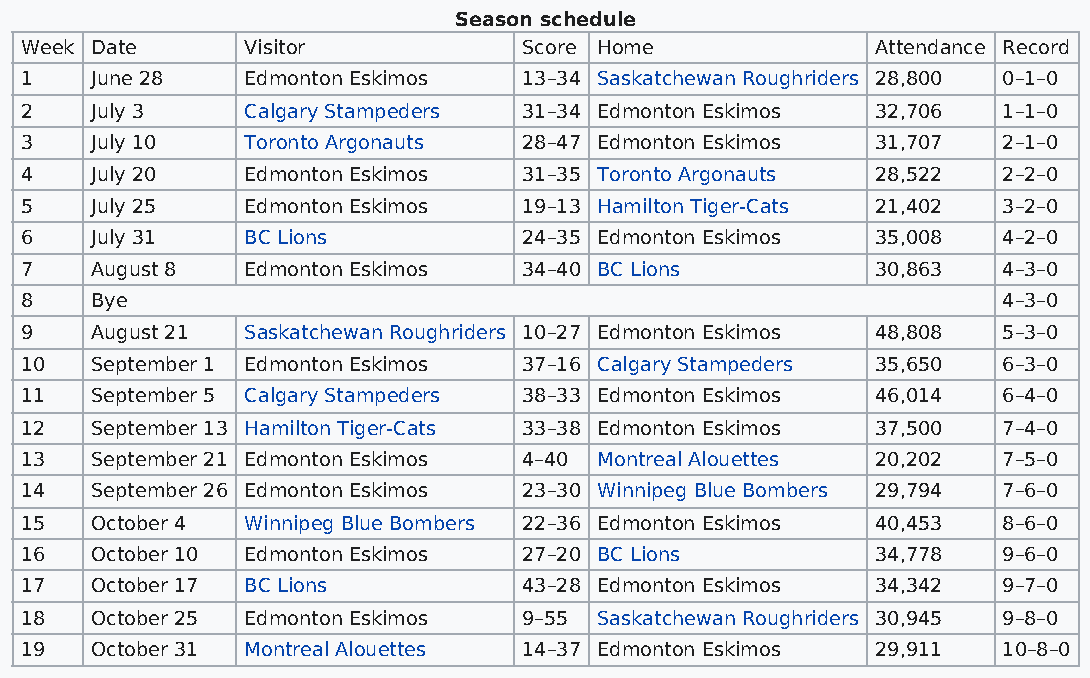
Season schedule
 Week Date      Visitor            Score Home             Attendance Record
 1    June 28   Edmonton Eskimos   13–34 Saskatchewan Roughriders 28,800 0–1–0
 2    July 3    Calgary Stampeders 31–34 Edmonton Eskimos 32,706  1–1–0
 3    July 10   Toronto Argonauts  28–47 Edmonton Eskimos 31,707  2–1–0
 4    July 20   Edmonton Eskimos   31–35 Toronto Argonauts 28,522 2–2–0
 5    July 25   Edmonton Eskimos   19–13 Hamilton Tiger-Cats 21,402 3–2–0
 6    July 31   BC Lions           24–35 Edmonton Eskimos 35,008  4–2–0
 7    August 8  Edmonton Eskimos   34–40 BC Lions         30,863  4–3–0
 8    Bye                                                         4–3–0
 9    August 21 Saskatchewan Roughriders 10–27 Edmonton Eskimos 48,808 5–3–0
 10   September 1 Edmonton Eskimos 37–16 Calgary Stampeders 35,650 6–3–0
 11   September 5 Calgary Stampeders 38–33 Edmonton Eskimos 46,014 6–4–0
 12   September 13 Hamilton Tiger-Cats 33–38 Edmonton Eskimos 37,500 7–4–0
 13   September 21 Edmonton Eskimos 4–40 Montreal Alouettes 20,202 7–5–0
 14   September 26 Edmonton Eskimos 23–30 Winnipeg Blue Bombers 29,794 7–6–0
 15   October 4 Winnipeg Blue Bombers 22–36 Edmonton Eskimos 40,453 8–6–0
 16   October 10 Edmonton Eskimos  27–20 BC Lions         34,778  9–6–0
 17   October 17 BC Lions          43–28 Edmonton Eskimos 34,342  9–7–0
 18   October 25 Edmonton Eskimos  9–55 Saskatchewan Roughriders 30,945 9–8–0
 19   October 31 Montreal Alouettes 14–37 Edmonton Eskimos 29,911 10–8–0